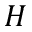
H